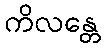
ကိလန္တေ